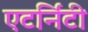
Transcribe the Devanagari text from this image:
एटर्निंटी